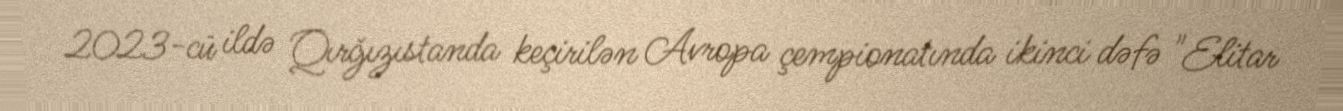
2023-cü ildə Qırğızıstanda keçirilən Avropa çempionatında ikinci dəfə "Elitar